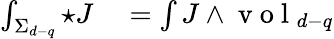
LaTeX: \begin{array}{rl}{\int_{\Sigma_{d-q}}\star J}&{{}=\int J\wedge\mathrm{~v~o~l~}_{d-q}}\end{array}